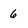
Character: 6